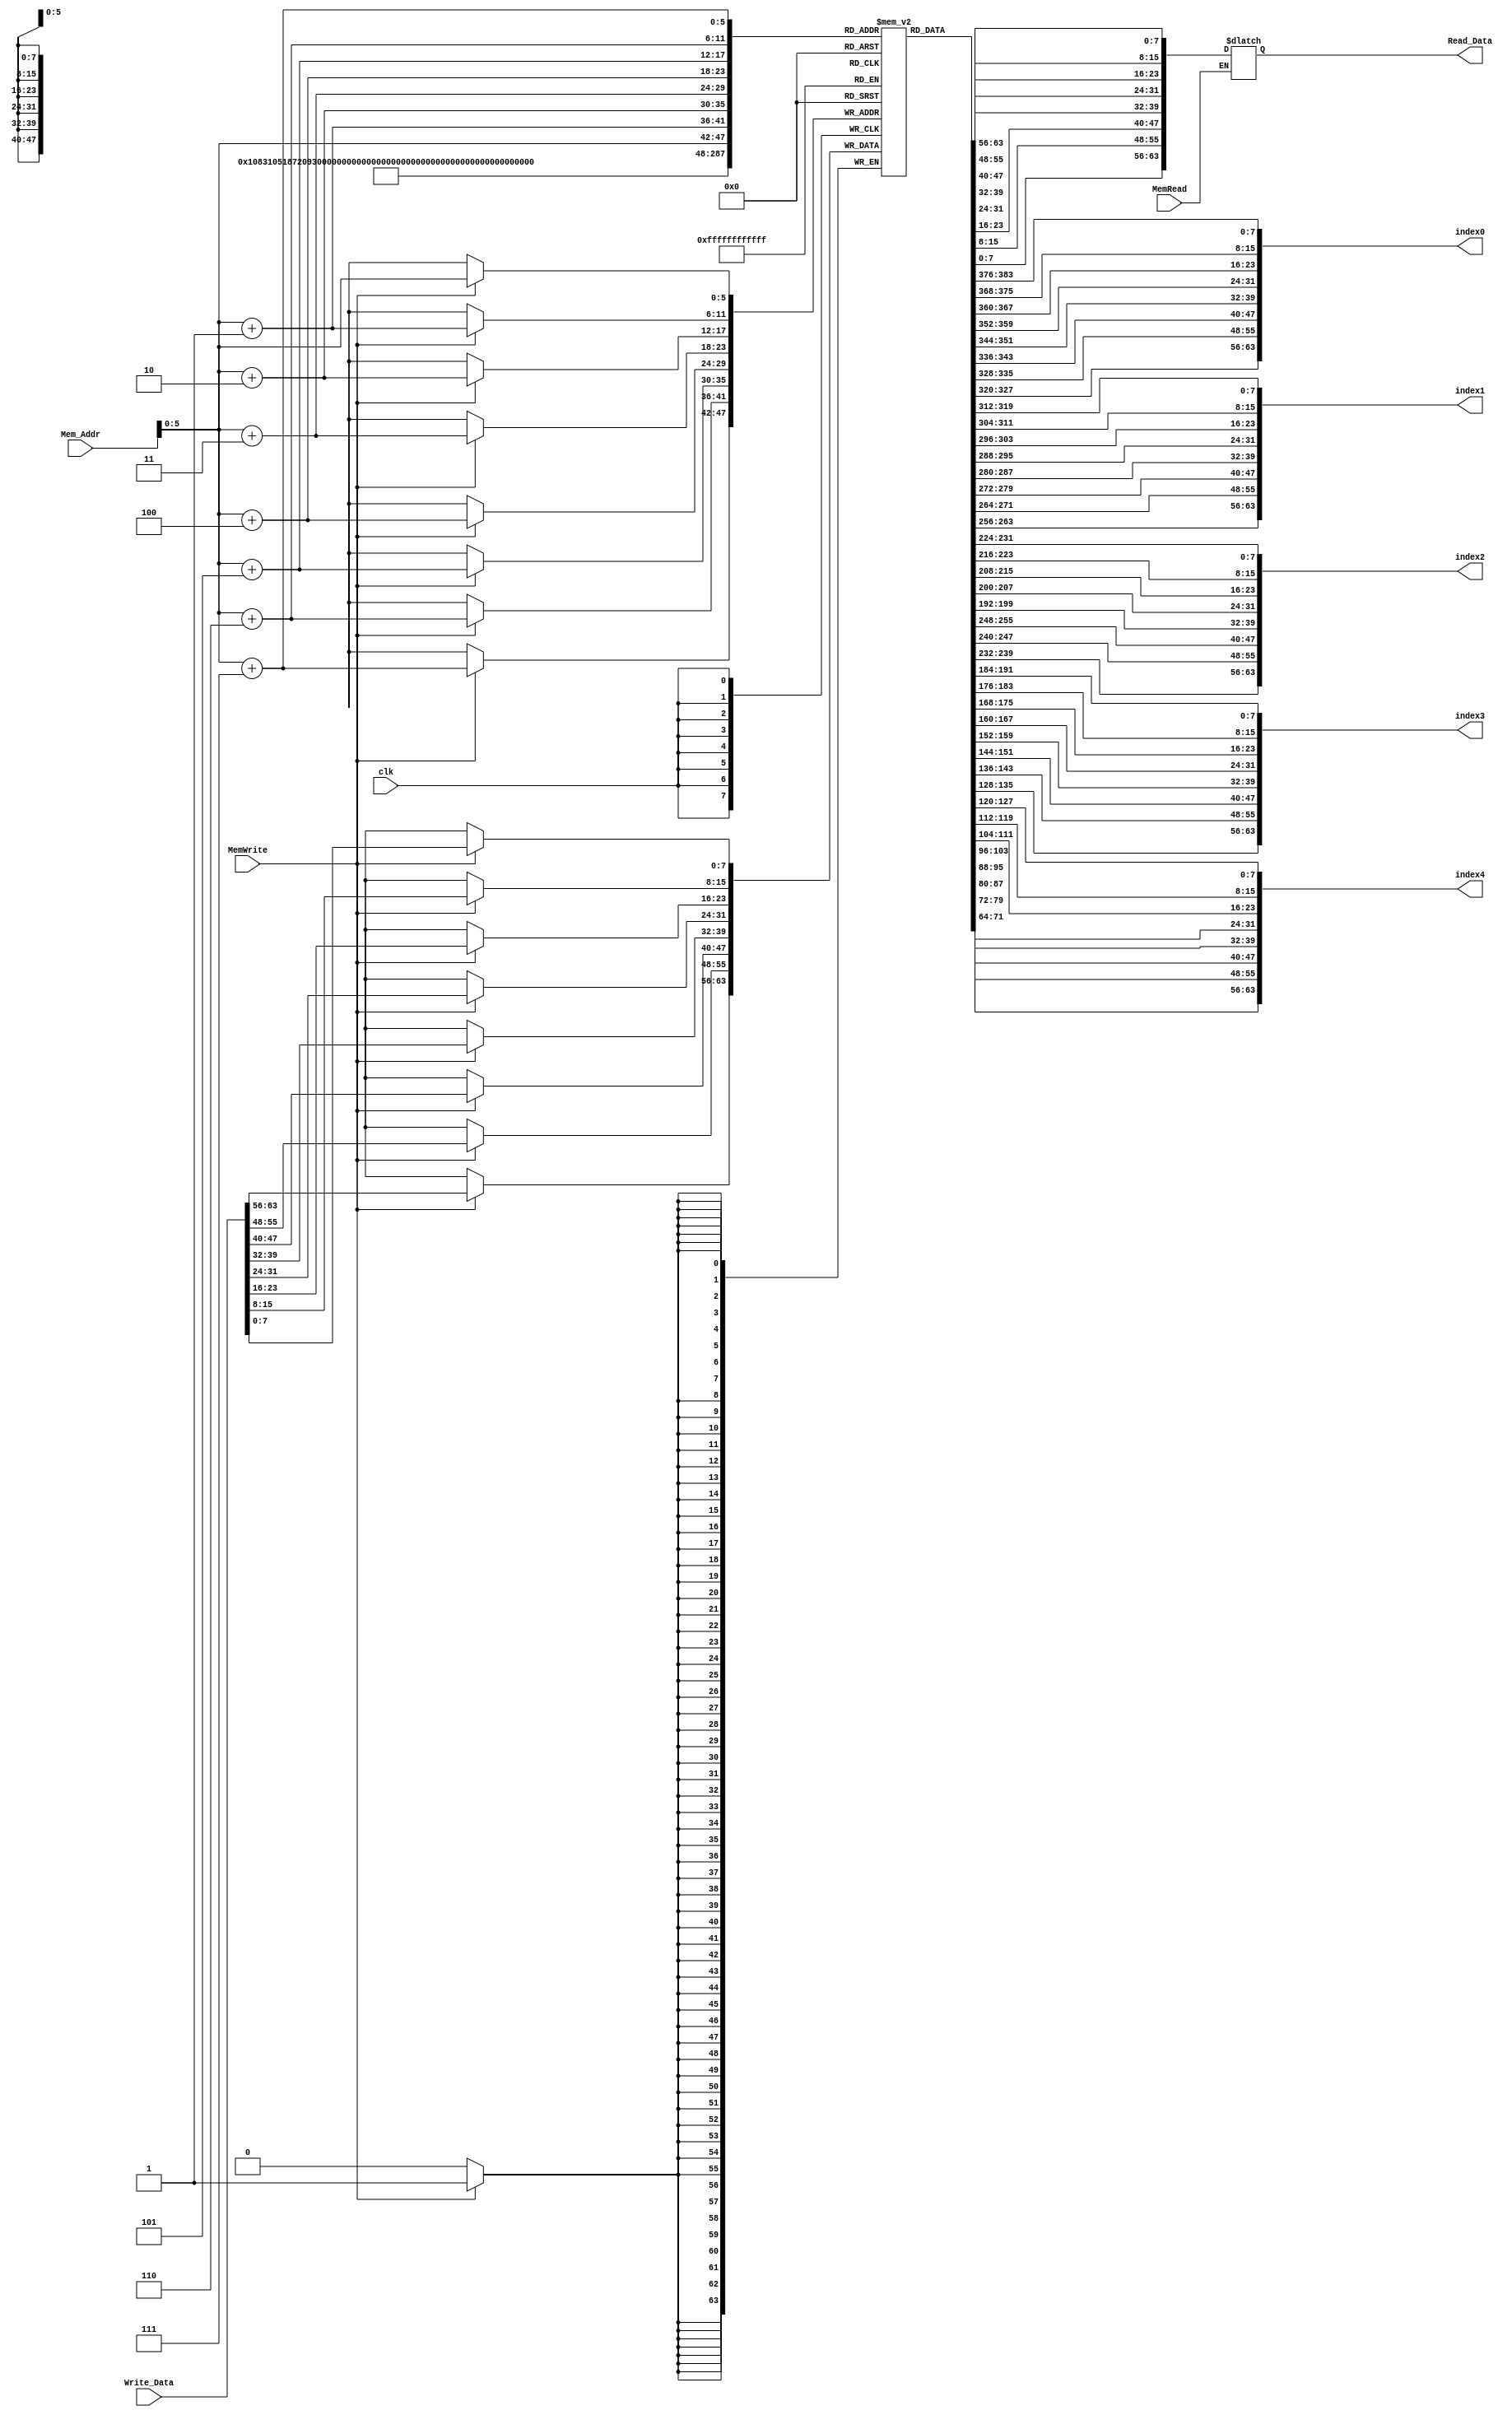
`timescale 1ns / 1ps
//////////////////////////////////////////////////////////////////////////////////
// Company: 
// Engineer: 
// 
// Design Name: 
// Module Name: Data_Memory
// Project Name: 
// Target Devices: 
// Tool Versions: 
// Description: 
// 
// Dependencies: 
// 
// Revision:
// Revision 0.01 - File Created
// Additional Comments:
// 
//////////////////////////////////////////////////////////////////////////////////

module Data_Memory(
    input clk,
    input MemWrite,
    input MemRead,
    input [63:0] Mem_Addr,
    input [63:0] Write_Data,
    output reg [63:0] Read_Data,
    //
	output [63:0] index0,
    output [63:0] index1,
    output [63:0] index2,
    output [63:0] index3,
    output [63:0] index4
    );

    reg [7:0] DataMemory [63:0];


	integer i;
  initial
    begin
      for (i=0; i<64; i=i+1)
        begin
          DataMemory[i] = 0;
    
        end
      DataMemory[0] = 8'd15;
      DataMemory[8] = 8'd25;
      DataMemory[16] = 8'd1;
      DataMemory[24] = 8'd17;
      DataMemory[32] = 8'd100;
    end
	
  assign index0 = {DataMemory[7],DataMemory[6],DataMemory[5],DataMemory[4],DataMemory[3],DataMemory[2],DataMemory[1],DataMemory[0]};
  assign index1 = {DataMemory[15],DataMemory[14],DataMemory[13],DataMemory[12],DataMemory[11],DataMemory[10],DataMemory[9],DataMemory[8]};
  assign index2 = {DataMemory[23],DataMemory[22],DataMemory[21],DataMemory[20],DataMemory[19],DataMemory[18],DataMemory[17],DataMemory[16]};
  assign index3 = {DataMemory[31],DataMemory[30],DataMemory[29],DataMemory[28],DataMemory[27],DataMemory[26],DataMemory[25],DataMemory[24]};
  assign index4 = {DataMemory[39],DataMemory[38],DataMemory[37],DataMemory[36],DataMemory[35],DataMemory[34],DataMemory[33],DataMemory[32]};
  
	
	always @ (*)
	begin
		if (MemRead)
			Read_Data = {DataMemory[Mem_Addr+7],DataMemory[Mem_Addr+6],DataMemory[Mem_Addr+5],DataMemory[Mem_Addr+4],DataMemory[Mem_Addr+3],DataMemory[Mem_Addr+2],DataMemory[Mem_Addr+1],DataMemory[Mem_Addr]};
	end
	
	always @ (posedge clk)
	begin
		if (MemWrite)
		begin
			DataMemory[Mem_Addr] = Write_Data[7:0];
			DataMemory[Mem_Addr+1] = Write_Data[15:8];
			DataMemory[Mem_Addr+2] = Write_Data[23:16];
			DataMemory[Mem_Addr+3] = Write_Data[31:24];
			DataMemory[Mem_Addr+4] = Write_Data[39:32];
			DataMemory[Mem_Addr+5] = Write_Data[47:40];
			DataMemory[Mem_Addr+6] = Write_Data[55:48];
			DataMemory[Mem_Addr+7] = Write_Data[63:56];
		end
	end

endmodule


//module Data_Memory(
//    input clk,
//    input MemWrite,
//    input MemRead,
//    input [63:0] Mem_Addr,
//    input [63:0] Write_Data,
//    output reg [63:0] Read_Data
//    );

//reg [7:0] registers [63:0]; //Initialising 16 registers of 8-bits

//initial
//	begin
//	    registers[0] = 8'd0; registers[1] = 8'd0; registers[2] = 8'd0;
//		registers[3] = 8'd0; registers[4] = 8'd0; registers[5] = 8'd0;
//		registers[6] = 8'd0; registers[7] = 8'd0; registers[8] = 8'd0;
//		registers[9] = 8'd0; registers[10] = 8'd0; registers[11] = 8'd0;
//		registers[12] = 8'd0; registers[13] = 8'd0; registers[14] = 8'd0;
//		registers[15] = 8'd0; registers[16] = 8'd0; registers[17] = 8'd0;
//		registers[18] = 8'd0; registers[19] = 8'd0; registers[20] = 8'd0;
//		registers[21] = 8'd0; registers[22] = 8'd0; registers[23] = 8'd0;
//		registers[24] = 8'd0; registers[25] = 8'd0; registers[26] = 8'd0;
//		registers[27] = 8'd0; registers[28] = 8'd0; registers[29] = 8'd0;
//		registers[30] = 8'd0; registers[31] = 8'd0; registers[32] = 8'd0;
//		registers[33] = 8'd0; registers[34] = 8'd0; registers[35] = 8'd0;
//		registers[36] = 8'd0; registers[37] = 8'd0; registers[38] = 8'd0;
//		registers[39] = 8'd0; registers[40] = 8'd0; registers[41] = 8'd0;
//		registers[42] = 8'd0; registers[43] = 8'd0; registers[44] = 8'd0;
//		registers[45] = 8'd0; registers[46] = 8'd0; registers[47] = 8'd0;
//		registers[48] = 8'd0; registers[49] = 8'd0; registers[50] = 8'd0;
//		registers[51] = 8'd0; registers[52] = 8'd0; registers[53] = 8'd0;
//		registers[54] = 8'd0; registers[55] = 8'd0; registers[56] = 8'd0;
//		registers[57] = 8'd0; registers[58] = 8'd0; registers[59] = 8'd0;
//		registers[60] = 8'd0; registers[61] = 8'd0; registers[62] = 8'd0;
//		registers[63] = 8'd0;
//	end

//always @(*)
//begin
//if(MemWrite == 1) begin
//    registers[Mem_Addr + 7] = Write_Data[63:56];
//    registers[Mem_Addr + 6] = Write_Data[55:48];
//    registers[Mem_Addr + 5] = Write_Data[47:40];
//    registers[Mem_Addr + 4] = Write_Data[39:32];
//    registers[Mem_Addr + 3] = Write_Data[31:24];
//    registers[Mem_Addr + 2] = Write_Data[23:16];
//    registers[Mem_Addr + 1] = Write_Data[15:8];
//    registers[Mem_Addr + 0] = Write_Data[7:0] ;
//end end

//always @(*) begin
//if(MemRead == 1) begin
//    Read_Data = {registers[Mem_Addr + 7],
//    registers[Mem_Addr + 6],
//    registers[Mem_Addr + 5],
//    registers[Mem_Addr + 4],
//    registers[Mem_Addr + 3],
//    registers[Mem_Addr + 2],
//    registers[Mem_Addr + 1],
//    registers[Mem_Addr]};
//end
//end

//endmodule